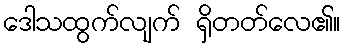
ဒေါသထွက်လျက် ရှိတတ်လေ၏။